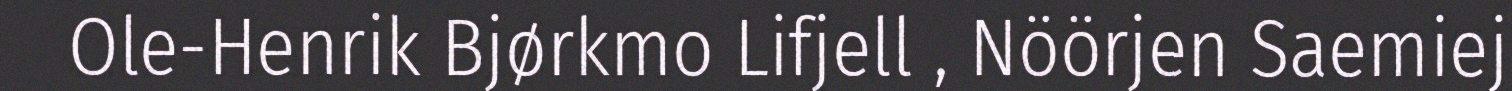
Ole-Henrik Bjørkmo Lifjell , Nöörjen Saemiej